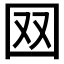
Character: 𡇄